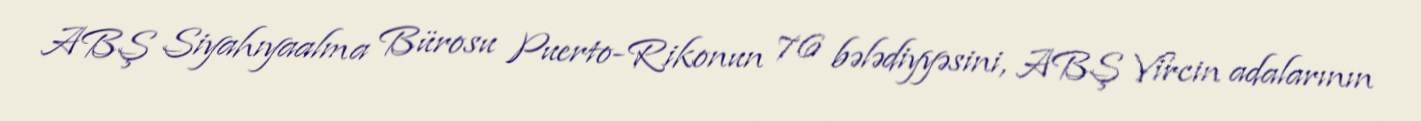
ABŞ Siyahıyaalma Bürosu Puerto-Rikonun 76 bələdiyyəsini, ABŞ Vircin adalarının